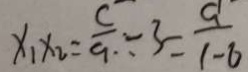
x _ { 1 } x _ { 2 } = \frac { c } { a } \div 3 = \frac { a } { 1 - 6 }